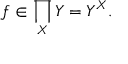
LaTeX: f \in \prod _ { X } Y = Y ^ { X } .